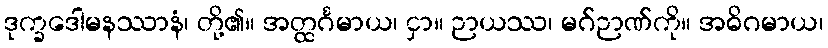
ဒုက္ခဒေါမနဿာနံ၊ တို့၏။ အတ္ထင်္ဂမာယ၊ ငှာ။ ဉာယဿ၊ မဂ်ဉာဏ်ကို။ အဓိဂမာယ၊